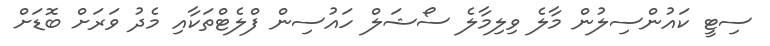
ސިޓީ ކައުންސިލުން މާލެ ވިލިމާލެ ސޯޝަލް ހައުސިން ފްލެޓްތަކާއި މެދު ވަރަށް ބޮޑަށް